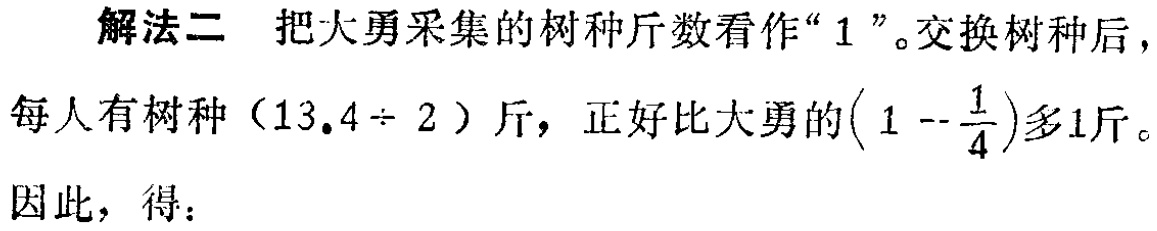
解法二 把大勇采集的树种斤数看作“$1$”。交换树种后，每人有树种（$13.4\div 2$）斤，正好比大勇的$\left(1 - \frac{1}{4}\right)$多1斤。因此，得：